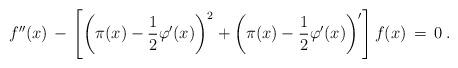
LaTeX: \begin{align*}f^{\prime\prime}(x) \, - \, \left[\left(\pi(x)-{1\over 2} \varphi^{\prime}(x) \right)^2 + \left(\pi(x)-{1\over 2} \varphi^{\prime}(x)\right)^{\prime} \right] f(x) \, = \, 0 \;. \end{align*}